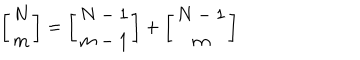
LaTeX: \left[ \begin{array} { c } { { N } } \\ { { m } } \\ \end{array} \right] = \left[ \begin{array} { c } { { N - 1 } } \\ { { m - 1 } } \\ \end{array} \right] + \left[ \begin{array} { c } { { N - 1 } } \\ { { m } } \\ \end{array} \right]